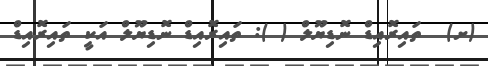
(ށ)  ތައިރޮއިޑް ނޮޑިޔޫލް ( ): ތައިރޮއިޑް ނޮޑިޔޫލް އަކީ ތައިރޮއިޑް